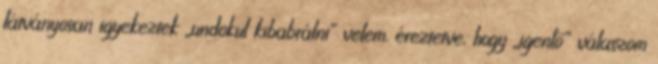
látványosan igyekeztek „undokul kibabrálni” velem, éreztet­ve, hogy „igenlő” válaszom